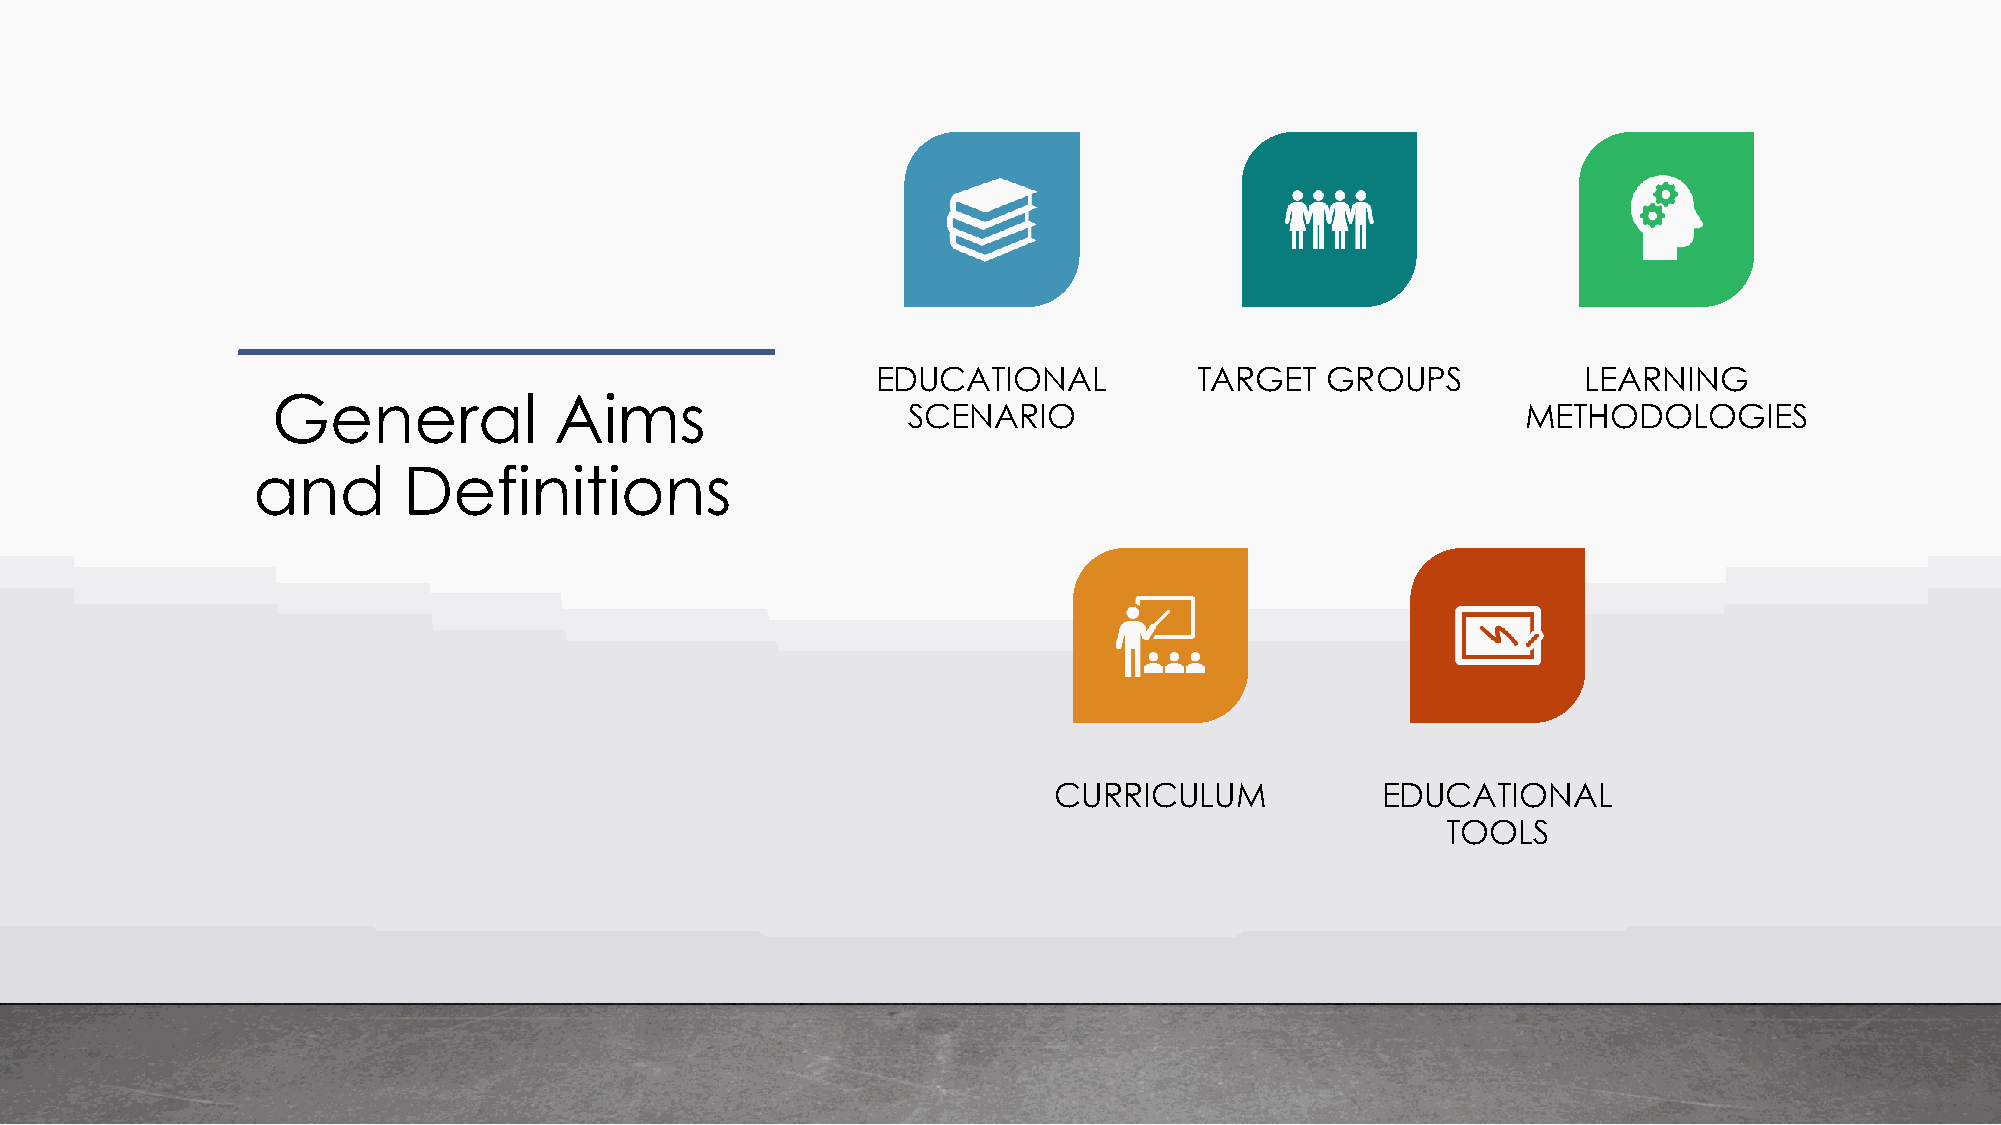
EDUCATIONAL          TARGET   GROUPS           LEARNING
 General            Aims
 SCENARIO                                 METHODOLOGIES
 and       Definitions
 CURRICULUM           EDUCATIONAL
 TOOLS